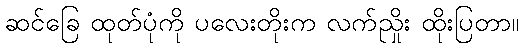
ဆင်ခြေ ထုတ်ပုံကို ပလေးတိုးက လက်ညှိုး ထိုးပြတာ။